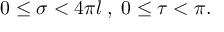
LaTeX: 0 \leq \sigma < 4 \pi l \; , \; 0 \leq \tau < \pi .